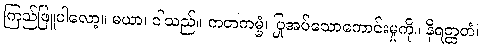
ကြည်ဖြူပါလော့။ မယာ၊ ငါသည်။ ကတကမ္မံ၊ ပြုအပ်သောကောင်းမှုကို။ နိရတ္ထတံ၊